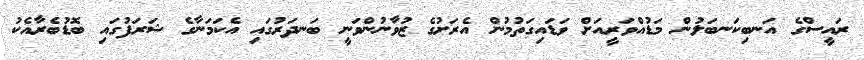
ރައީސްގެ އަނބިކަނބަލުން މަޑުއްވަރީއަށް ވަޑައިގަތުމުން އެރަށުގެ ޒުވާނުންވަނީ ބަނދަރުގައި އެކަމަނާގެ ޝަރަފުގައި ބޮޑުބެރާއެކު